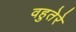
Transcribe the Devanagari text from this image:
वहुतेरे